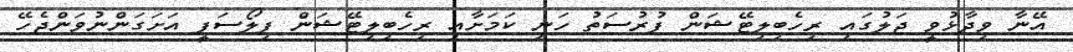
އޭނާ ވިދާޅުވީ ޖަލުގައި ރިހެބިލިޓޭޝަން ފުރުސަތު ހަނި ކަމަށާއި ރިހެބިލިޓޭޝަން ފިލޯސަފީ އަށަގަންނުވަންޖެހޭ